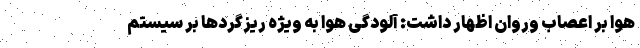
هوا بر اعصاب وروان اظهار داشت: آلودگی هوا به ویژه ریزگرد‌ها بر سیستم